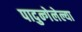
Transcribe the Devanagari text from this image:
पादुन्गेलेल्या